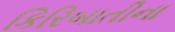
કિરિબાતીના